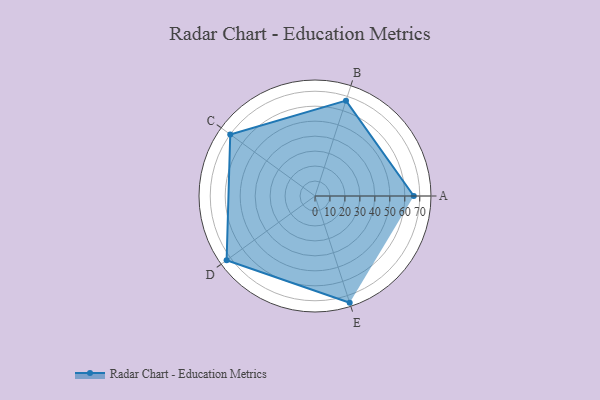
{"axis": {"x": "Skill", "y": "Score"}, "legend": ["Profile"], "data": [{"x": "A", "y": 66.0, "type": "Profile"}, {"x": "B", "y": 67.0, "type": "Profile"}, {"x": "C", "y": 70.0, "type": "Profile"}, {"x": "D", "y": 73.0, "type": "Profile"}, {"x": "E", "y": 75.0, "type": "Profile"}]}